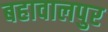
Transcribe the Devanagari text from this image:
बहावालपुर